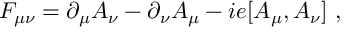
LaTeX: F _ { \mu \nu } = \partial _ { \mu } A _ { \nu } - \partial _ { \nu } A _ { \mu } - i e [ A _ { \mu } , A _ { \nu } ] \ ,